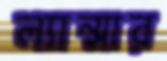
ল্যান্সার